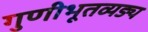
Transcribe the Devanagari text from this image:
गुणीभूतव्यङ्य